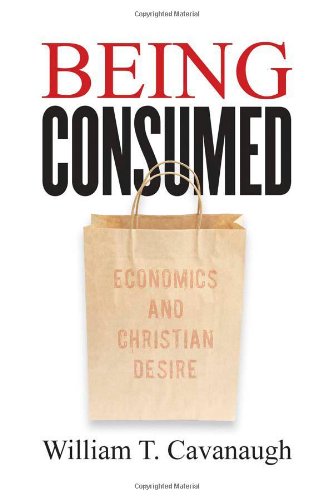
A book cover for Being Consumed: Economics and Christian Desire; William T. Cavanaugh; Religion & Spirituality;